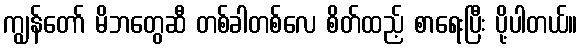
ကျွန်တော် မိဘတွေဆီ တစ်ခါတစ်လေ စိတ်ထည့် စာရေးပြီး ပို့ပါတယ်။